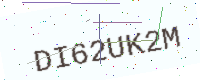
Text: DI62UK2M